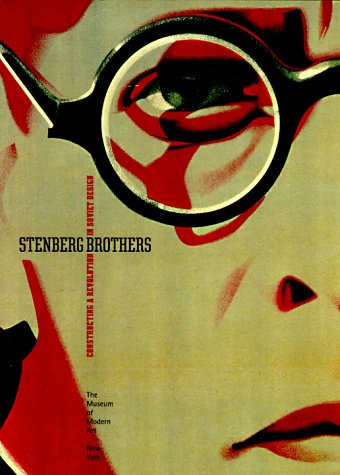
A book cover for Stenberg Brothers: Constructing a Revolution in Soviet Design; Christopher Mount; Crafts, Hobbies & Home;